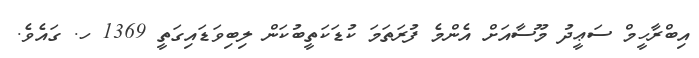
އިބްރާހީމް ސަޢީދު މޫސާއަށް އެންމެ ފުރަތަމަ ކުޑަކަތީބުކަން ލިބިވަޑައިގަތީ 1369 ހ. ގައެވެ.